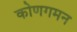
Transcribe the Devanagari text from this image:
कोणगमन